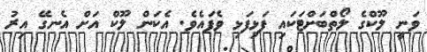
ވަނީ ލޫކްގެ ލޯތްބަށްޓަކައި ފަޅިފަޅި ވެފައެވެ. އެކަން ލޫކް އަށް އެނގޭ އިރު